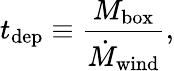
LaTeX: t_{\mathrm{dep}}\equiv\frac{M_{\mathrm{box}}}{\dot{M}_{\mathrm{wind}}},